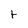
Character: t